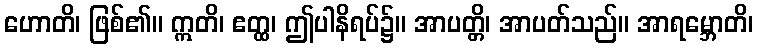
ဟောတိ၊ ဖြစ်၏။ ဣတိ၊ ဧတ္ထ၊ ဤပါနိရပ်၌။ အာပတ္တိ၊ အာပတ်သည်။ အာရမ္ဘောတိ၊